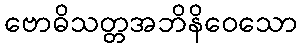
ဗောဓိသတ္တအဘိနိဝေသော